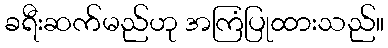
ခရီးဆက်မည်ဟု အကြံပြုထားသည်။